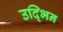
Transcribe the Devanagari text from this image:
उद्भिन